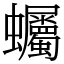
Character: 蠾